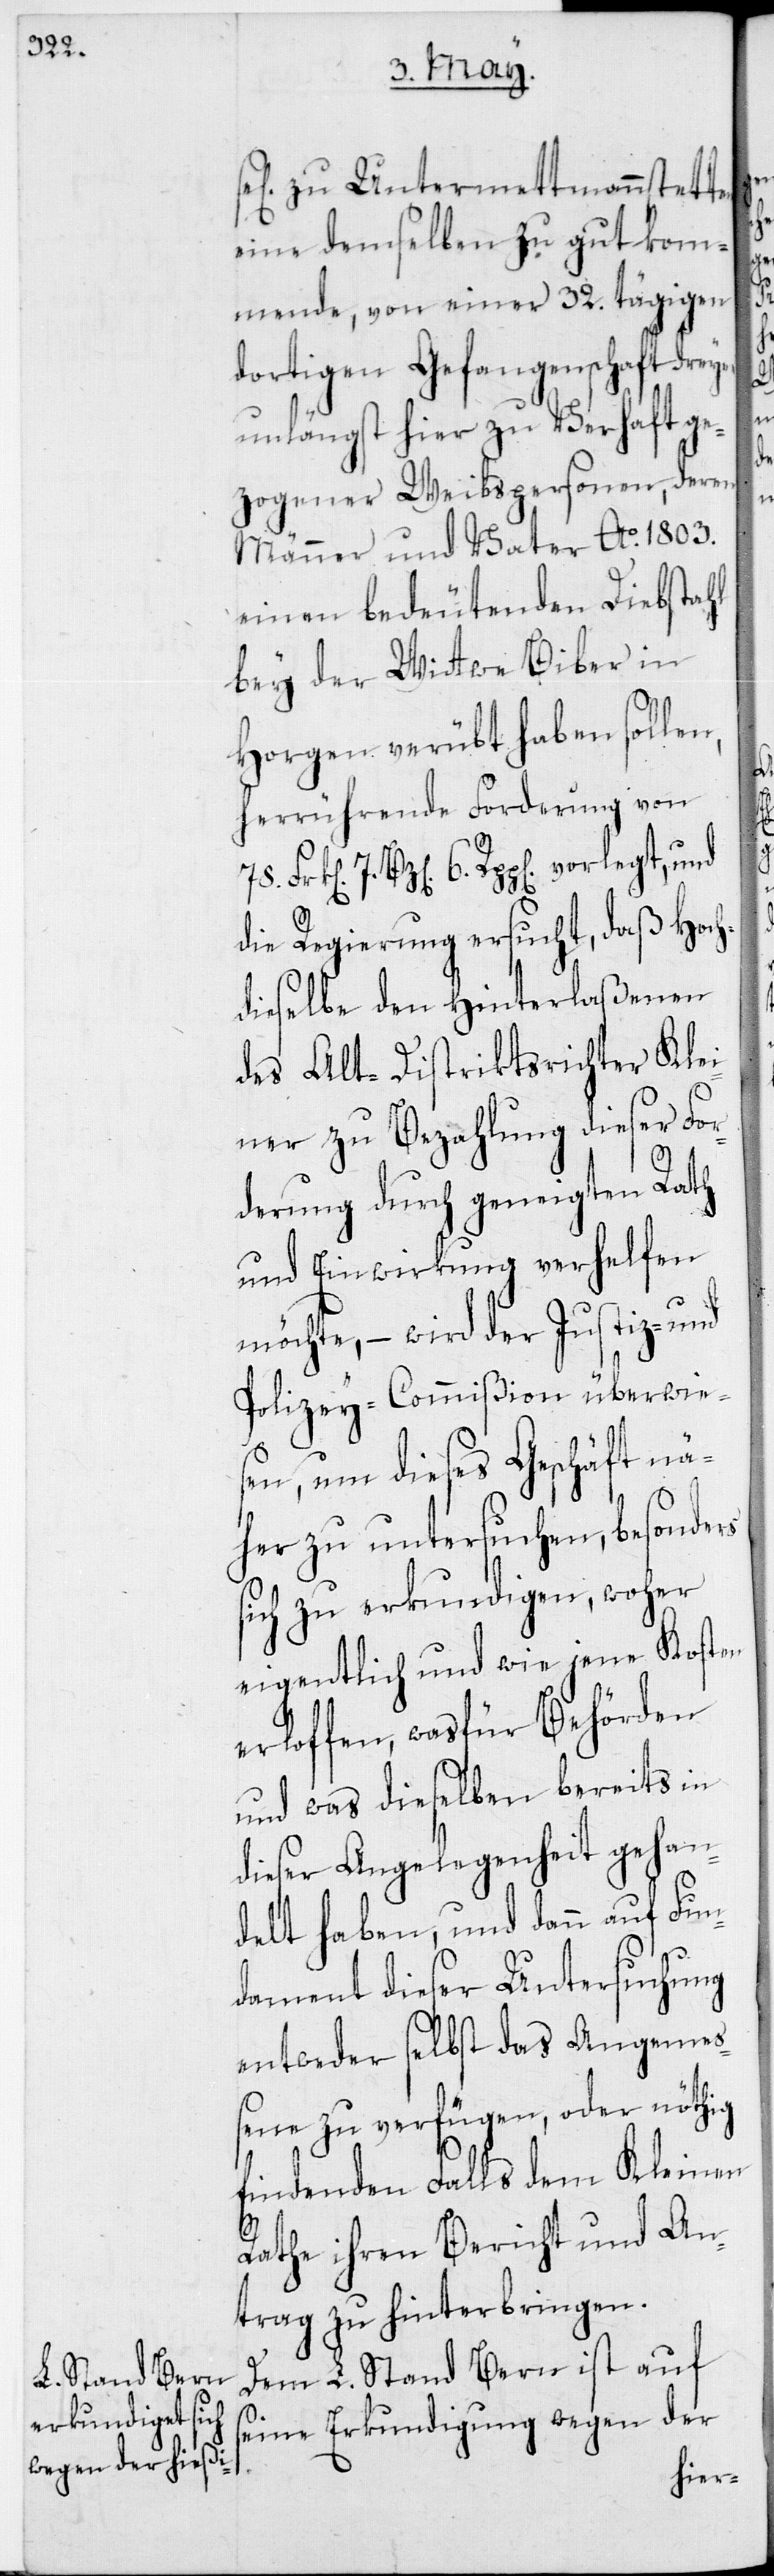
zu Untermettmenstett¬
eine demselben zu gut kom¬
mende, von einer 32. tägigen
dortigen Gefangenschaft drey¬
unlängst hier zu Verhaft ge¬
zogener Weibspersonen, deren
Männer und Vater Ao 1803.
einen bedeutenden Diebstahl
bey der Wittwe Biber in
Horgen verübt haben sollen,
herrührende Forderung von
7. Bz[en] 6. Rpp[en] vorlegt, und
die Regierung ersucht, daß Hoch¬
dieselbe den Hinterlaßenen
des Alt-Distriktsrichter Klei¬
ner zu Bezahlung dieser For¬
derung durch geneigten Rath
und Einwirkung verhelfen
möchte, – wird der Justiz- und
Polizey-Commißion überwie¬
sen, um dieses Geschäft nä¬
her zu untersuchen, besonders
sich zu erkundigen, woher
eigentlich und wie jene Kosten
erloffen, wasfür Behörden
und was dieselben bereits in
dieser Angelegenheit gehan¬
delt haben, und dann auf Fun¬
dament dieser Untersuchung
entweder selbst des Angemeß¬
ene zu verfügen, oder nöthig
findenden Falls dem Kleinen
er
Rathe ihren Bericht und An¬
trag zu hinterbringen.
Dem L. Stand Bern ist auf
seine Erkundigung wegen der